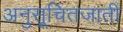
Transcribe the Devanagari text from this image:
अनुसूचितजाती